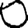
Digit: 0